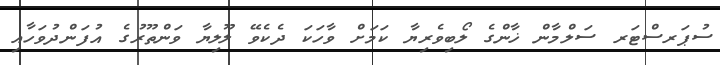
ސުޕަރސްޓަރ ސަލްމާން ޚާންގެ ލޯބިވެރިޔާ ކަމަށް ވާހަކަ ދެކެވޭ ލޫލިޔާ ވަންތޫރުގެ އުފަންދުވަހާއި